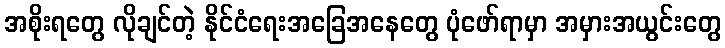
အစိုးရတွေ လိုချင်တဲ့ နိုင်ငံရေးအခြေအနေတွေ ပုံဖော်ရာမှာ အမှားအယွင်းတွေ